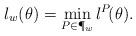
LaTeX: \begin{align*} \l_w(\theta) & = \min_{P \in \P_w} \l^P\!(\theta).\end{align*}